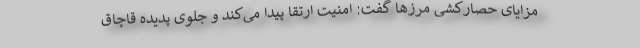
مزایای حصارکشی مرزها گفت: امنیت ارتقا پیدا می‌کند و جلوی پدیده قاچاق